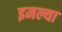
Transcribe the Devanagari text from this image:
इमल्या